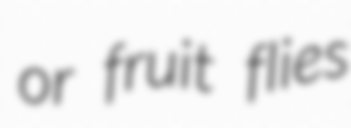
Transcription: or fruit flies